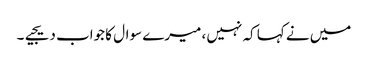
میں نے کہا کہ نہیں ، میرے سوال کا جواب دیجیے۔